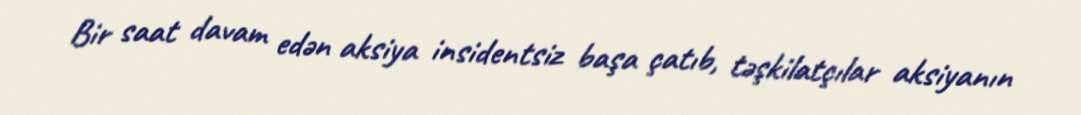
Bir saat davam edən aksiya insidentsiz başa çatıb, təşkilatçılar aksiyanın